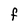
Character: F